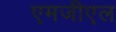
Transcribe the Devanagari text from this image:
एमजीएल